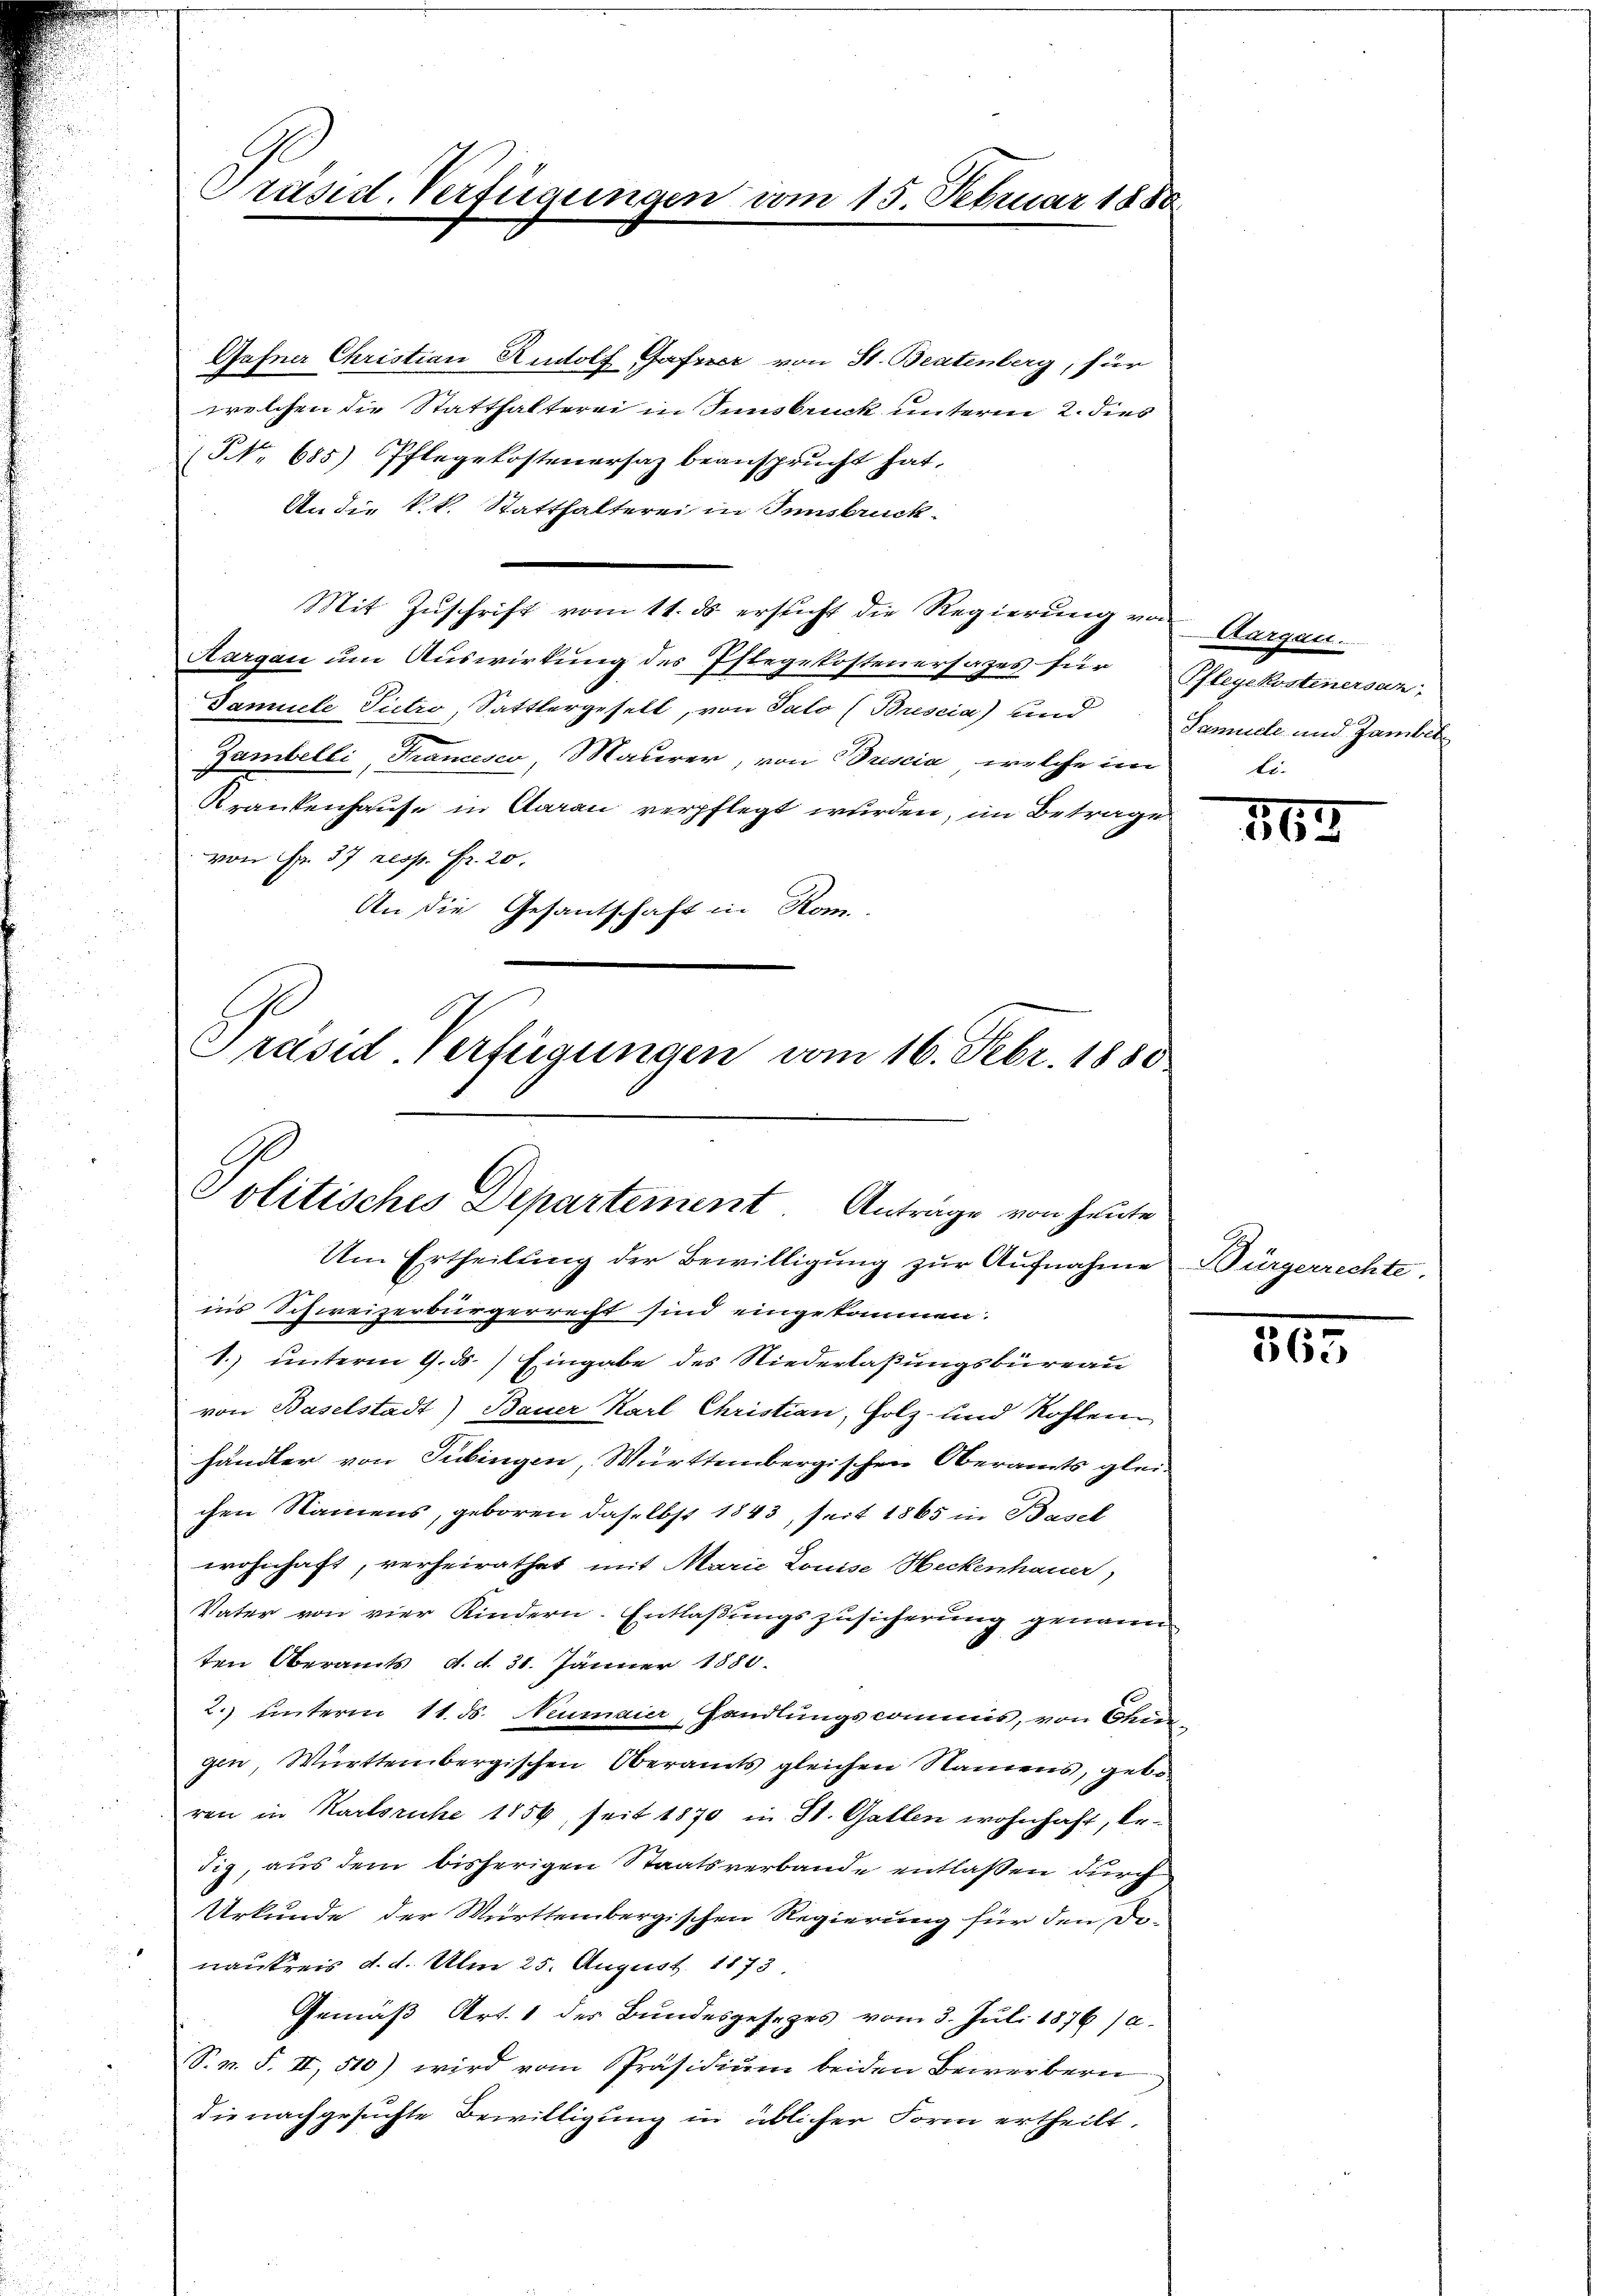
Präsid. Verfügungen vom 15. Februar 1880

Gafner Christian Rudolf Gasser von St. Beatenberg, für
welchen die Statthalterei in Innsbruck unterm 2. dies
(NNo. 685) Pflegekostenersaz beansprucht hat.
An die k.k. Statthalterei in Innsbruck-
Mit Zŭschrift vom 11. ds ersŭcht die Regierŭng von Aargau.
Aargau um Auswirkung des Pflegekostenersazes für
Samuele Pietro, Sattlergesell, von Salo (Brescia) und Samuele und Jambil
Zambelli, Francesco, Maurer, von Brescia, welche im
Krankenhause in Aarau verpflegt wurden, im Betrages
von Fr. 37 resp. Fr. 20.
An die Gesantschaft in Rom.

Politisches Departement. Anträge von heute
Um Ertheilŭng der Bewilligŭng zŭr Aŭfnahme Bürgerrechte.

Präsid. Verfügungen vom 16. Febr. 1880.

ins Schweizerbürgerrecht sind eingekommen.
1.) unterm 9. ds.) Eingabe des Niederlaßungsbüreau
von Baselstadt) Bauer Karl Christian, Holz- und Kosten
händler von Tübingen, Württembergischen Oberamts gleichen Namens, geboren daselbst 1843, seit 1865 in Basel
wohnhaft, verheirathet mit Marie Louise Heckenhauer,
Vater von vier Kindern. Entlaβŭngszusicherŭng genann
ten Oberamts, d. d. 31. Jänner 1880.
2.) Unterm 11. ds. Neumaier, Handlungscommis, von Chingen, Württembergischen Oberamts gleichen Namens, geboren in Karlsruhe 1859, seit 1870 in St. Gallen wohnhaft, bedig, aus dem bisherigen Staatsverbande entlaßen durch
Urkunde der Württembergischen Regierung für den Donaukreis d. d. Am 25. August 1873.
Gemäß Art. 1 des Bundesgesezes vom 3. Juli 1876 (a.
S. n. F. II, 510) wird vom Präsidiŭm beiden Bewerbern
die nachgesuchte Bewilligung in üblicher Form ertheilt.

Pflegekostenersan.
le.

163

363